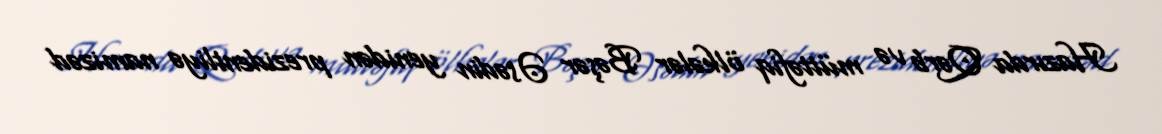
Hazırda Qərb və müttəfiq ölkələr Bəşər Əsədin yenidən prezidentliyə namizəd